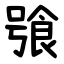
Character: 飸